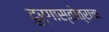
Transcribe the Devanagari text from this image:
दुर्गास्तोत्राचा